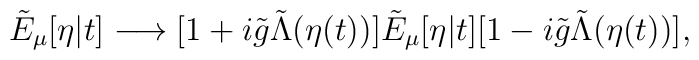
\tilde{E}_\mu[\eta|t] \longrightarrow [1 + i\tilde{g} \tilde{\Lambda}(\eta(t))]   \tilde{E}_\mu[\eta|t] [1 - i \tilde{g} \tilde{\Lambda}(\eta(t))],